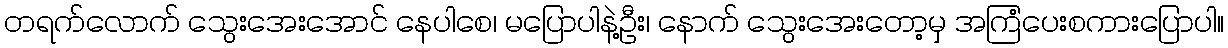
တရက်လောက် သွေးအေးအောင် နေပါစေ၊ မပြောပါနဲ့ဦး၊ နောက် သွေးအေးတော့မှ အကြံပေးစကားပြောပါ။